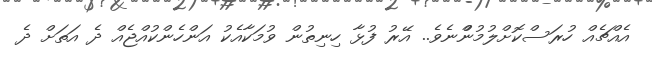
އެއްޗެއް ހުރަސްކޮށްލުމުންްނެވެ.. އޭރު ފުޅާ ހިނިތުން ވުމަކާއެކު އަންހެންކުއްޖެއް ދެ އަތަށް ދެ